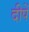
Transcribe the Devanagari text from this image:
दीपें